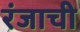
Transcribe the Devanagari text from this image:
रंजाची